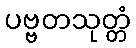
ပဗ္ဗတသုတ္တံ